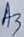
Text: A3